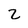
Character: Z